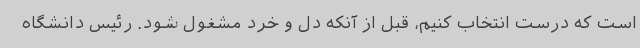
است که درست انتخاب کنیم، قبل از آنکه دل و خرد مشغول شود. رئیس دانشگاه